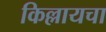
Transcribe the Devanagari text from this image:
किल्लायचा